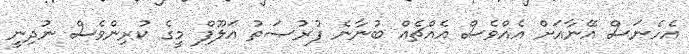
އެހެނަސް އޭނާއަށް އެއްވެސް އެއްޗެއް ބުނާނެ ފުރުޞަތު އަލޫފް މީގެ ކުރިންވެސް ނުދިނީ